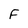
Character: F